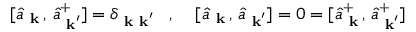
[ \hat { a } _ { \mathrm { \bf ~ k } } \, , \, \hat { a } _ { \mathrm { \bf ~ k } ^ { \prime } } ^ { + } ] = \delta _ { \mathrm { \bf ~ k } \mathrm { \bf ~ k } ^ { \prime } } \; \; \; , \; \; \; \; [ \hat { a } _ { \mathrm { \bf ~ k } } \, , \, \hat { a } _ { \mathrm { \bf ~ k } ^ { \prime } } ] = 0 = [ \hat { a } _ { \mathrm { \bf ~ k } } ^ { + } \, , \, \hat { a } _ { \mathrm { \bf ~ k } ^ { \prime } } ^ { + } ]